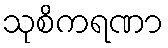
သုစိကရဏာ